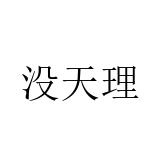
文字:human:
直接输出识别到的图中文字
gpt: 没天理